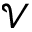
\mathcal { V }